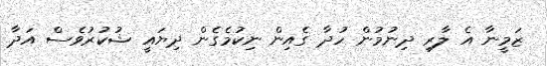
ޒަމީނާ އެ ލާރި ދިނުމުން ހުދާ ގެއިން ނިކުމެގެން ދިޔައީ ޝުކުރުވެސް އަދާ